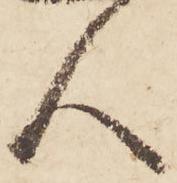
人